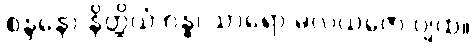
စန္ဒနော နိတ္ထိယံ ဂန္ဓ၊ သာရော မလယဇော ပျထ။